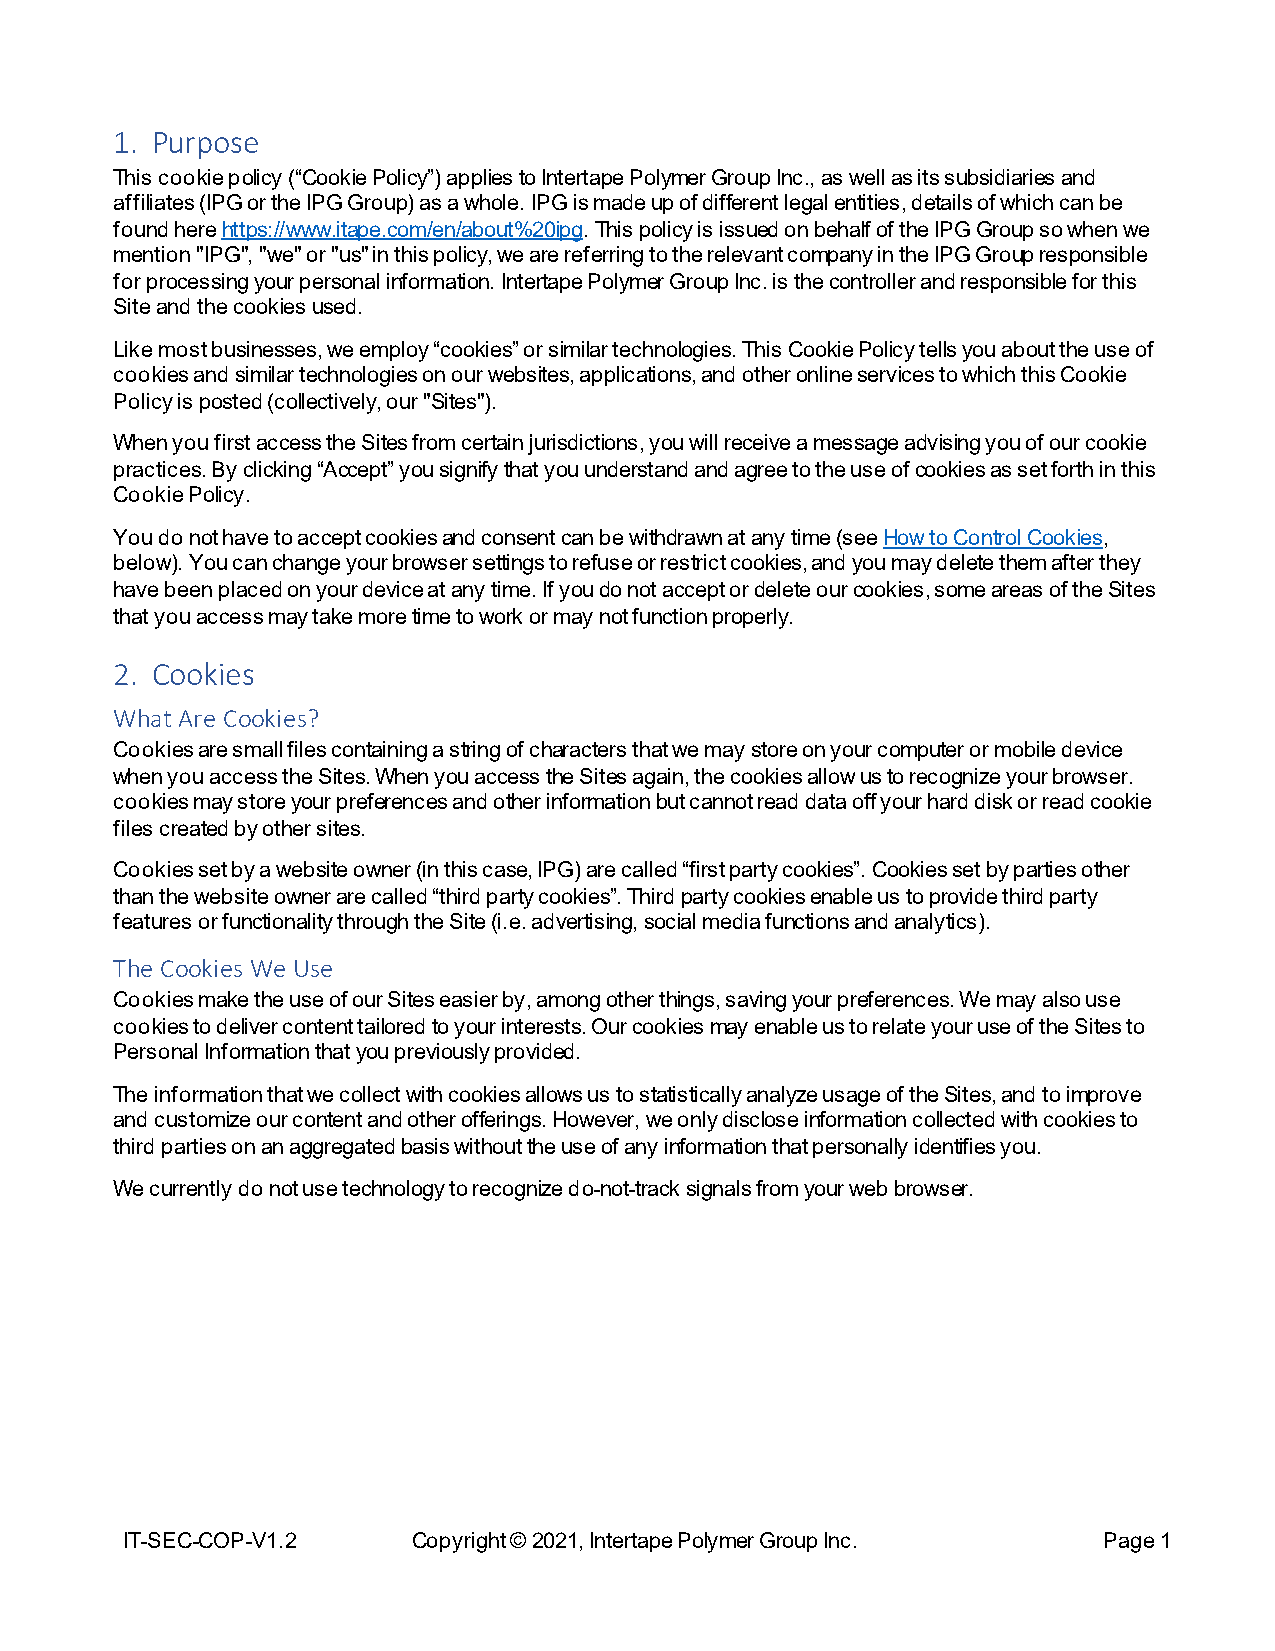
1. Purpose
 This cookie policy (“Cookie Policy”) applies to Intertape Polymer Group Inc., as well as its subsidiaries and
 affiliates (IPG or the IPG Group) as a whole. IPG is made up of different legal entities, details of which can be
 found here https://www.itape.com/en/about%20ipg. This policy is issued on behalf of the IPG Group so when we
 mention "IPG", "we" or "us" in this policy, we are referring to the relevant company in the IPG Group responsible
 for processing your personal information. Intertape Polymer Group Inc. is the controller and responsible for this
 Site and the cookies used.
 Like most businesses, we employ “cookies” or similar technologies. This Cookie Policy tells you about the use of
 cookies and similar technologies on our websites, applications, and other online services to which this Cookie
 Policy is posted (collectively, our "Sites").
 When you first access the Sites from certain jurisdictions, you will receive a message advising you of our cookie
 practices. By clicking “Accept” you signify that you understand and agree to the use of cookies as set forth in this
 Cookie Policy.
 You do not have to accept cookies and consent can be withdrawn at any time (see How to Control Cookies,
 below). You can change your browser settings to refuse or restrict cookies, and you may delete them after they
 have been placed on your device at any time. If you do not accept or delete our cookies, some areas of the Sites
 that you access may take more time to work or may not function properly.
 2. Cookies
 What Are Cookies?
 Cookies are small files containing a string of characters that we may store on your computer or mobile device
 when you access the Sites. When you access the Sites again, the cookies allow us to recognize your browser.
 cookies may store your preferences and other information but cannot read data off your hard disk or read cookie
 files created by other sites.
 Cookies set by a website owner (in this case, IPG) are called “first party cookies”. Cookies set by parties other
 than the website owner are called “third party cookies”. Third party cookies enable us to provide third party
 features or functionality through the Site (i.e. advertising, social media functions and analytics).
 The Cookies We Use
 Cookies make the use of our Sites easier by, among other things, saving your preferences. We may also use
 cookies to deliver content tailored to your interests. Our cookies may enable us to relate your use of the Sites to
 Personal Information that you previously provided.
 The information that we collect with cookies allows us to statistically analyze usage of the Sites, and to improve
 and customize our content and other offerings. However, we only disclose information collected with cookies to
 third parties on an aggregated basis without the use of any information that personally identifies you.
 We currently do not use technology to recognize do-not-track signals from your web browser.
 IT-SEC-COP-V1.2    Copyright © 2021, Intertape Polymer Group Inc. Page 1